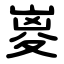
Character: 嵏